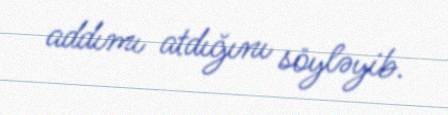
addımı atdığını söyləyib.